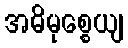
အဓိမုစ္စေယျ